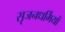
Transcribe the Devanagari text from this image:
सृजनधर्मियों